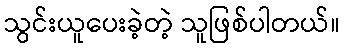
သွင်းယူပေးခဲ့တဲ့ သူဖြစ်ပါတယ်။